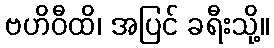
ဗဟိဝီထိ၊ အပြင် ခရီးသို့။